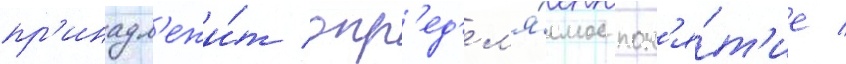
пр'инадл'ежи́т опр'ед'ел'я́емое пон'я́т'ие /